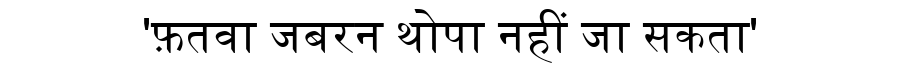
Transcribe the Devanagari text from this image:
'फ़तवा जबरन थोपा नहीं जा सकता'